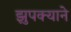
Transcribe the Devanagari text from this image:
झुपक्याने